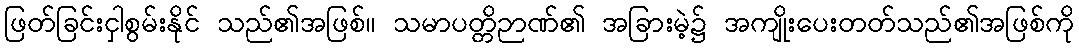
ဖြတ်ခြင်းငှါစွမ်းနိုင် သည်၏အဖြစ်။ သမာပတ္တိဉာဏ်၏ အခြားမဲ့၌ အကျိုးပေးတတ်သည်၏အဖြစ်ကို